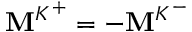
\mathbf { M } ^ { K ^ { + } } = - \mathbf { M } ^ { K ^ { - } }